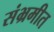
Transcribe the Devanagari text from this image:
संभ्रमीत